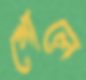
গোলে